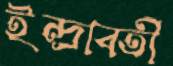
ইন্দ্রাবতী